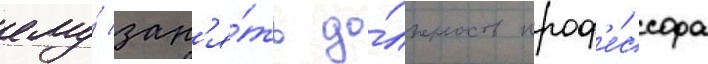
ему́ зан'я́ть до́лжность проф'е́ссора